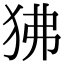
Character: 狒